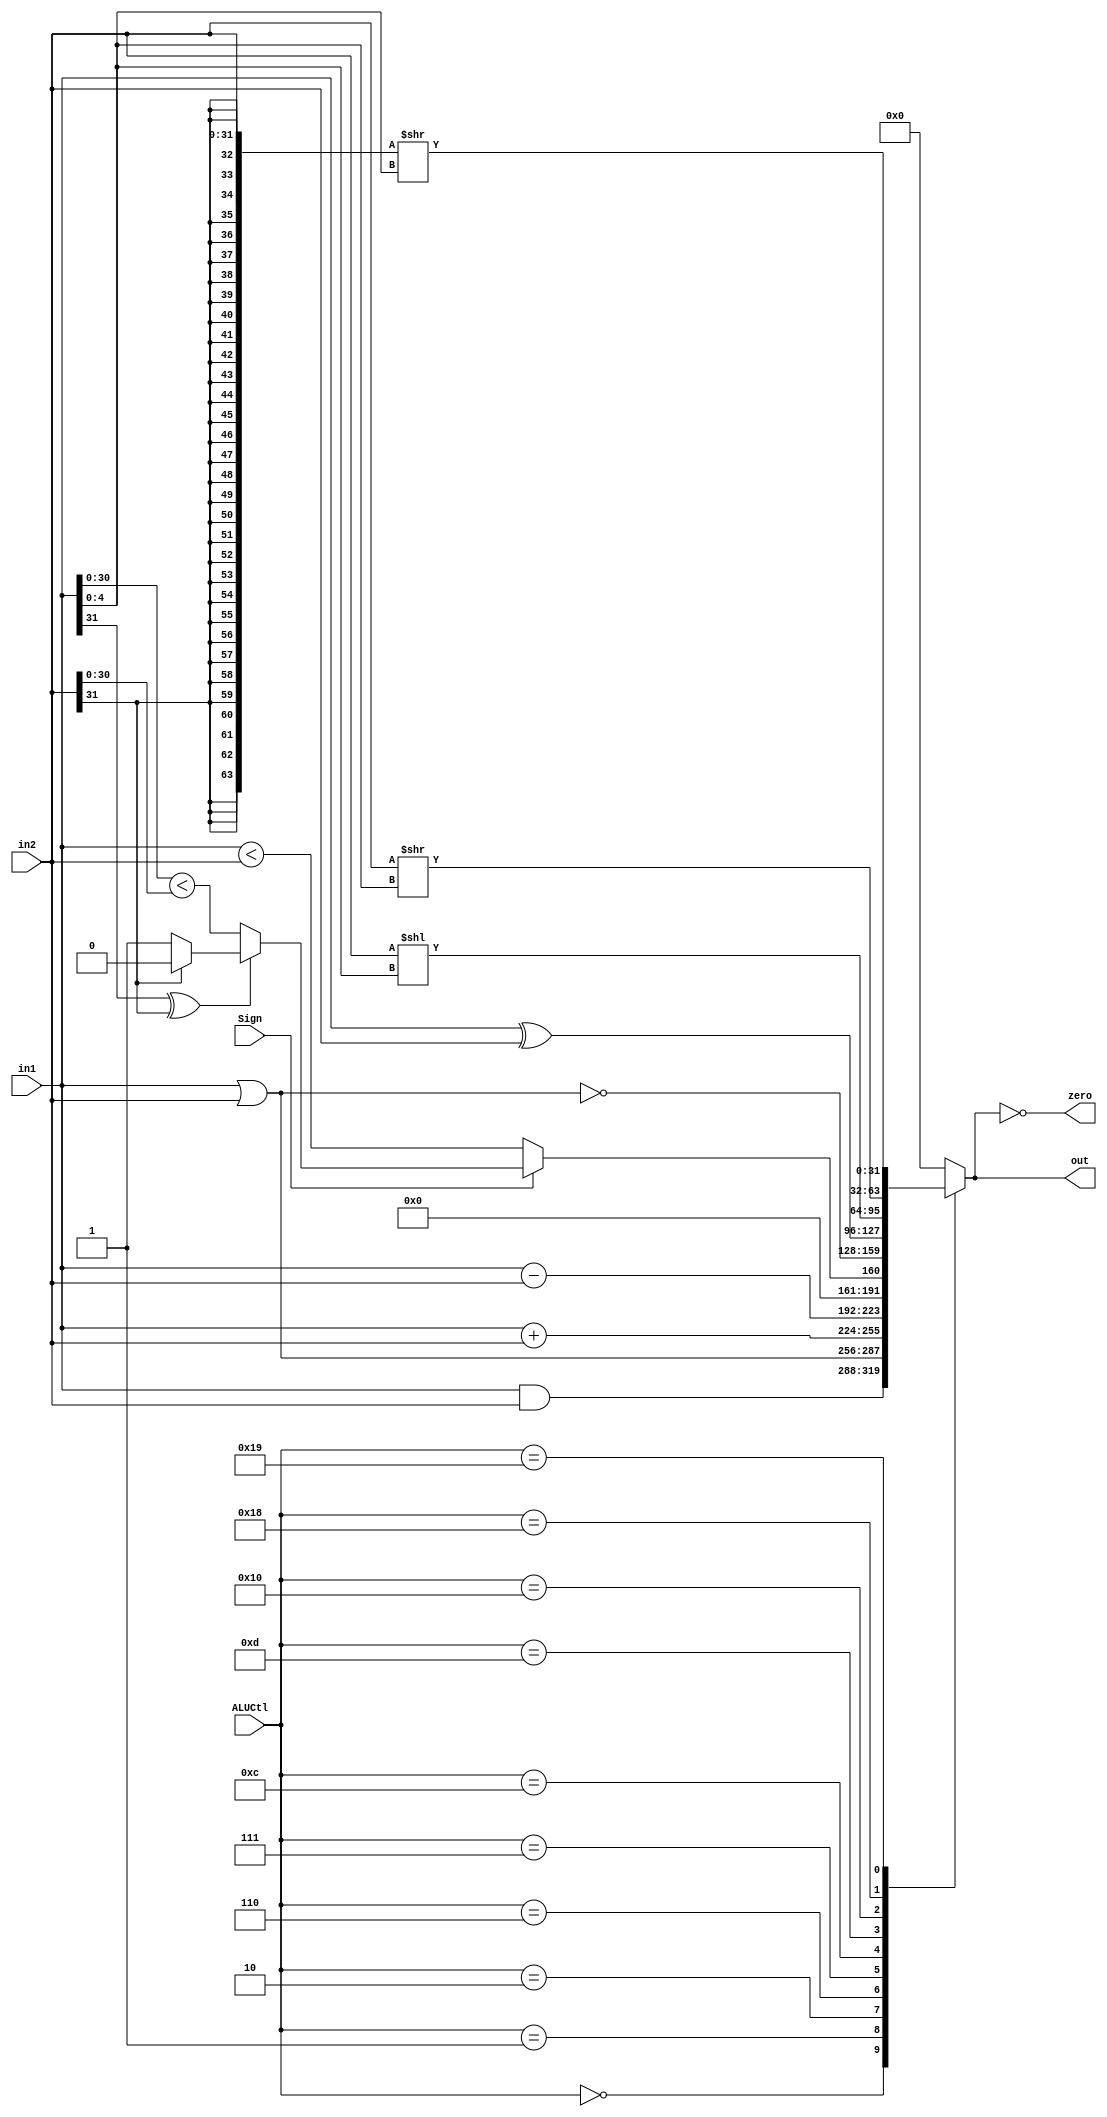
`ifndef __ALU_V__
`define __ALU_V__

module ALU (
	input wire [31:0] in1,
	input wire [31:0] in2,
	input wire [4:0] ALUCtl,
	input wire Sign,
	output reg [31:0] out,
	output wire zero
	);

	assign zero = (out == 0);

	wire ss;
	assign ss = {in1[31], in2[31]};

	wire lt_31;
	assign lt_31 = (in1[30:0] < in2[30:0]);

	wire lt_signed;
	assign lt_signed = (in1[31] ^ in2[31])?
		((ss == 2'b01)? 0: 1): lt_31;

	always @(*)
		case (ALUCtl)
			5'b00000: out <= in1 & in2;
			5'b00001: out <= in1 | in2;
			5'b00010: out <= in1 + in2;
			5'b00110: out <= in1 - in2;
			5'b00111: out <= {31'h00000000, Sign ? lt_signed : (in1 < in2)};
			5'b01100: out <= ~(in1 | in2);
			5'b01101: out <= in1 ^ in2;
			5'b10000: out <= (in2 << in1[4:0]);
			5'b11000: out <= (in2 >> in1[4:0]);
			5'b11001: out <= ({{32{in2[31]}}, in2} >> in1[4:0]);
			5'b11111: out <= 32'h00000000;
			default: out <= 32'h00000000;
		endcase

endmodule

`endif /*__ALU_V__*/